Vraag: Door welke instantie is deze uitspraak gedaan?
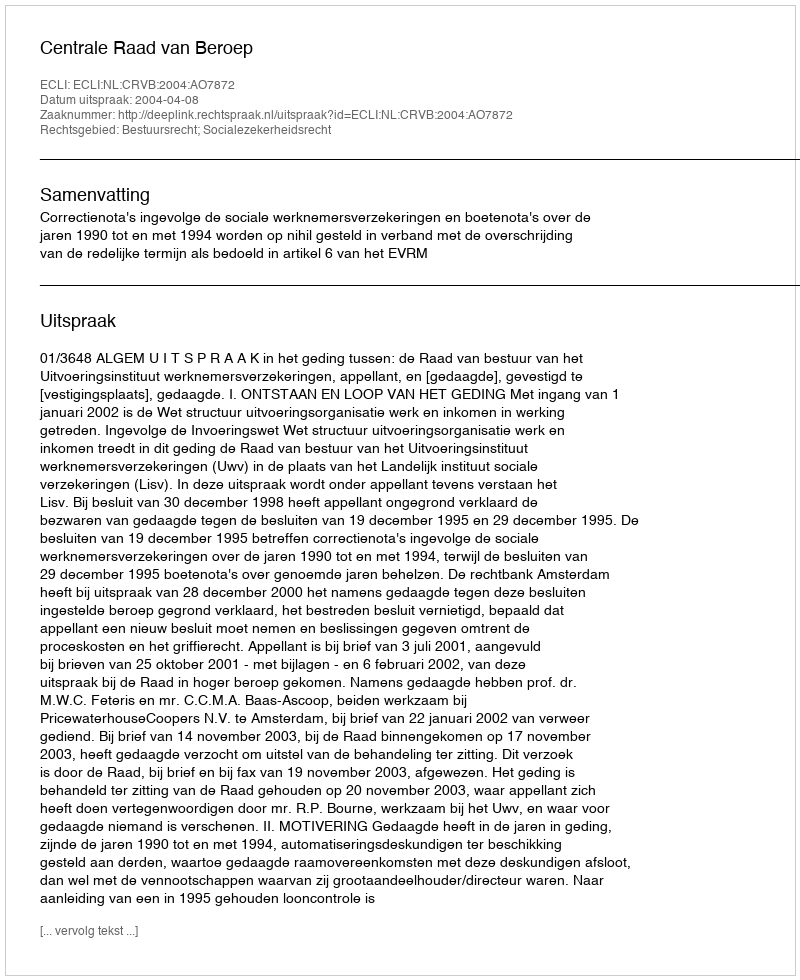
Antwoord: Centrale Raad van Beroep